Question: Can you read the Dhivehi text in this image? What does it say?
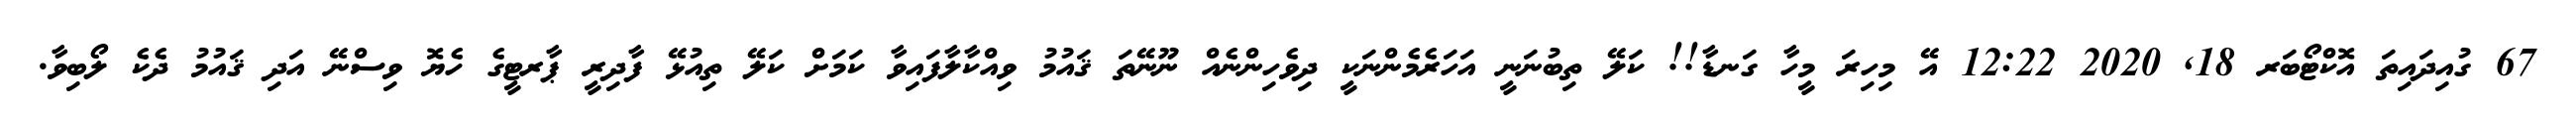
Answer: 67 ގުއިދައިތަ އޮކްޓޯބަރ 18, 2020 12:22 އޭ މިހިރަ މީހާ ގަނޑާ!! ކަލޭ ތިބުނަނީ އަހަރެމެންނަކީ ދިވެހިންނެއް ނޫނޭތަ ޤައުމު ވިއްކާލާފައިވާ ކަމަށް ކަލޭ ތިއުޅޭ ފާދިރީ ޕާރޓީގެ ހެޔޮ ވިސްނޭ އަދި ޤައުމު ދެކެ ލޯބިވާ.